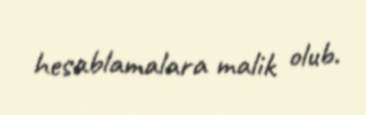
hesablamalara malik olub.